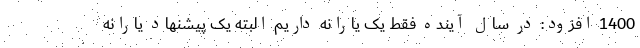
1400 افزود: در سال آینده فقط یک یارانه داریم البته یک پیشنهاد یارانه